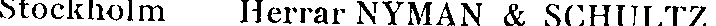
Stockholm Herrar NYMAN & SCHULTZ.